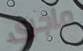
ماجرى